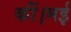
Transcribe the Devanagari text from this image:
कीं।मई